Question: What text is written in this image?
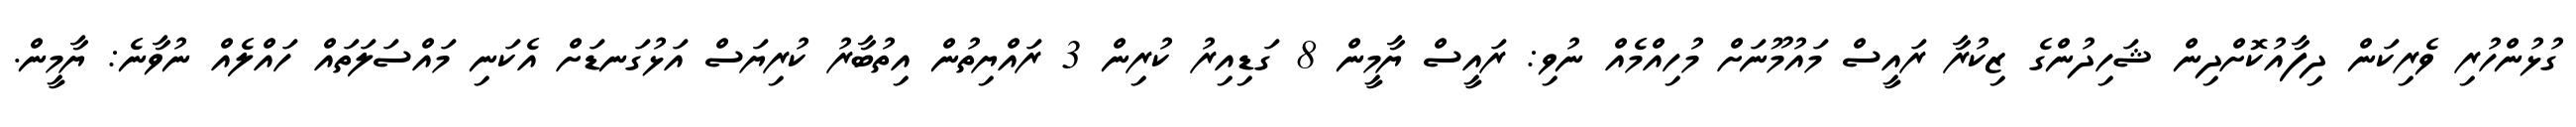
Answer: ގުޅުންހުރި ވެރިކަން ދިފާއުކޮށްދިން ޝަހިދުންގެ ޒިކުރާ ރައީސް މައުމޫނަށް މުހިއްމެއް ނުވި: ރައީސް ޔާމީން 8 ގަޑިއިރު ކުރިން 3 ރައްޔިތުން އިތުބާރު ކުރިޔަސް އަޅުގަނޑަށް އެކަނި މައްސަލަތައް ހައްލެއް ނުވާނެ: ޔާމީން.